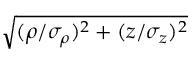
\sqrt { ( \boldsymbol { \rho } / \sigma _ { \rho } ) ^ { 2 } + ( z / \sigma _ { z } ) ^ { 2 } }